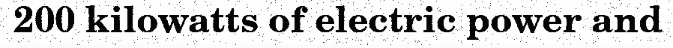
200 kilowatts of electric power and